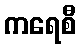
ကရေစီ